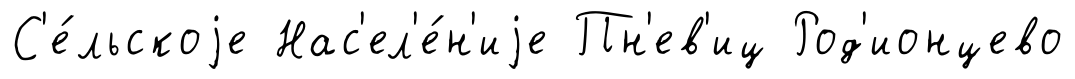
С'е́льскоjе Нас'ел'е́н'иjе Пн'ев'иц Род'ионцево